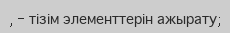
, - тізім элементтерін ажырату;